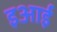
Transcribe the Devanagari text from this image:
इआई